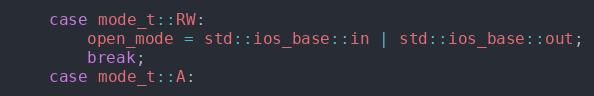
Language: C++
	case mode_t::RW:
		open_mode = std::ios_base::in | std::ios_base::out;
		break;
	case mode_t::A: